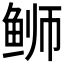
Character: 𫚕